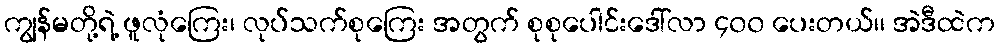
ကျွန်မတို့ရဲ့ ဖူလုံကြေး၊ လုပ်သက်စုကြေး အတွက် စုစုပေါင်းဒေါ်လာ ၄၀၀ ပေးတယ်၊၊ အဲဒီထဲက